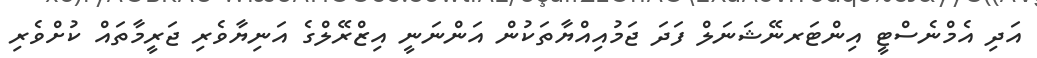
އަދި އެމްނެސްޓީ އިންޓަރނޭޝަނަލް ފަދަ ޖަމުއިއްޔާތަކުން އަންނަނީ އިޒްރޭލްގެ އަނިޔާވެރި ޖަރީމާތައް ކުށްވެރި